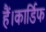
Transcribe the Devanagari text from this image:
हैं।कार्डिफ